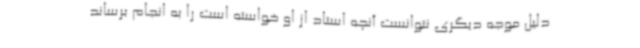
دلیل موجه دیگری نتوانست آنچه استاد از او خواسته است را به انجام برساند